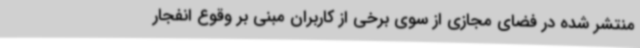
منتشر شده در فضای مجازی از سوی برخی از کاربران مبنی بر وقوع انفجار